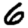
Digit: 6